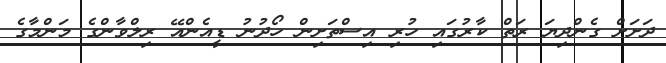
ދަށަށް ގެންދިޔަ ރަތް ކާރުގައި ހުރި އިސްތަށިން ހޯދުނު ޑީއެންއޭ ރިލްވާންގެ މަންމާގެ